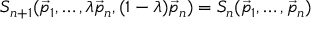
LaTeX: { \cal S } _ { n + 1 } ( \vec { p } _ { 1 } , \dots , \lambda \vec { p } _ { n } , ( 1 - \lambda ) \vec { p } _ { n } ) = { \cal S } _ { n } ( \vec { p } _ { 1 } , \dots , \vec { p } _ { n } )